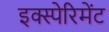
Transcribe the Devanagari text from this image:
इक्स्पेरिमेंट